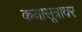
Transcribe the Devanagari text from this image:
कथासूत्रावर